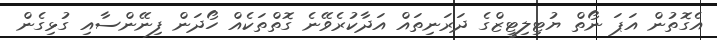
އެގޮތުން އަޕަ ނޯތް ޔުޓިލިޓީޒްގެ ދަރަނިތައް އަދާކުރެވޭނެ ގޮތްތަކެއް ހޯދަން ފިނޭންސާއި ގުޅިގެން